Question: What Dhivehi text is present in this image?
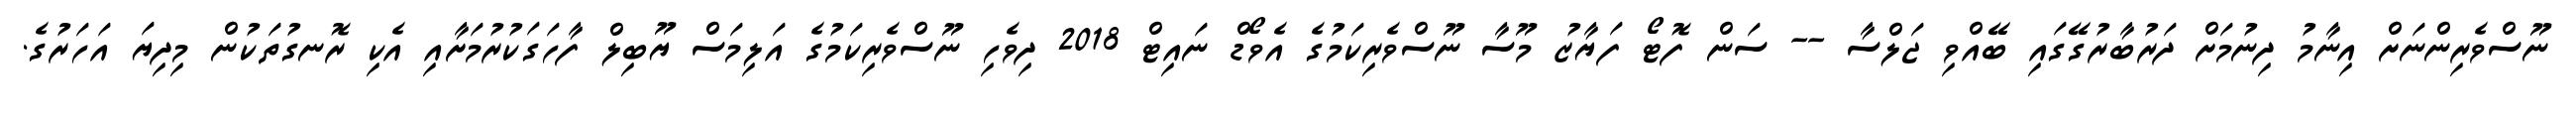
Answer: ނޫސްވެރިންނަށް އިނާމު ދިނުމަށް ދަރުބާރުގޭގައި ބޭއްވި ޖަލްސާ -- ސަން ފޮޓޯ ފަޔާޒު މޫސާ ނޫސްވެރިކަމުގެ އެވޯޑް ނައިޓް 2018 ދިވެހި ނޫސްވެރިކަމުގެ އަލިމަސް ޔޫބިލް ފާހަގަކުރުމަށާއި އެކި ރޮނގުތަކުން މިދިޔަ އަހަރުގެ.